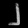
Digit: ၂